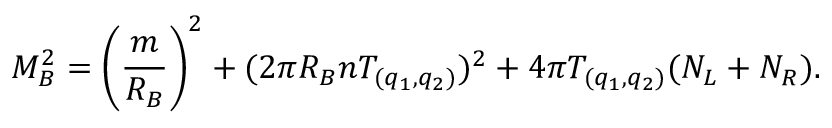
M _ { B } ^ { 2 } = \left( { \frac { m } { R _ { B } } } \right) ^ { 2 } + ( 2 \pi R _ { B } n T _ { ( q _ { 1 } , q _ { 2 } ) } ) ^ { 2 } + 4 \pi T _ { ( q _ { 1 } , q _ { 2 } ) } ( N _ { L } + N _ { R } ) .